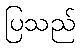
ပြသည်